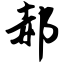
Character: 郝